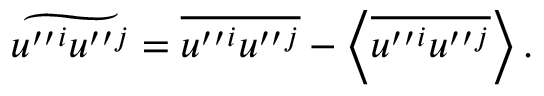
\widetilde { u ^ { \prime \prime } { } ^ { i } u ^ { \prime \prime } { } ^ { j } } = \overline { { u ^ { \prime \prime } { } ^ { i } u ^ { \prime \prime } { } ^ { j } } } - \left\langle { \overline { { u ^ { \prime \prime } { } ^ { i } u ^ { \prime \prime } { } ^ { j } } } } \right\rangle .